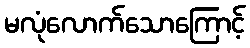
မလုံလောက်သောကြောင့်